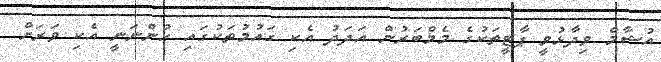
އުޝާމް ވިދާޅުވީ ޕާޓީތަކުގެ މެމްބަރުން އަދަދު އެކި ގައުމުތަކުގައި ހުންނަނީ އެކި ވަރަށް